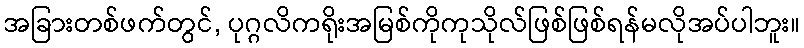
အခြားတစ်ဖက်တွင်, ပုဂ္ဂလိကရိုးအမြစ်ကိုကုသိုလ်ဖြစ်ဖြစ်ရန်မလိုအပ်ပါဘူး။